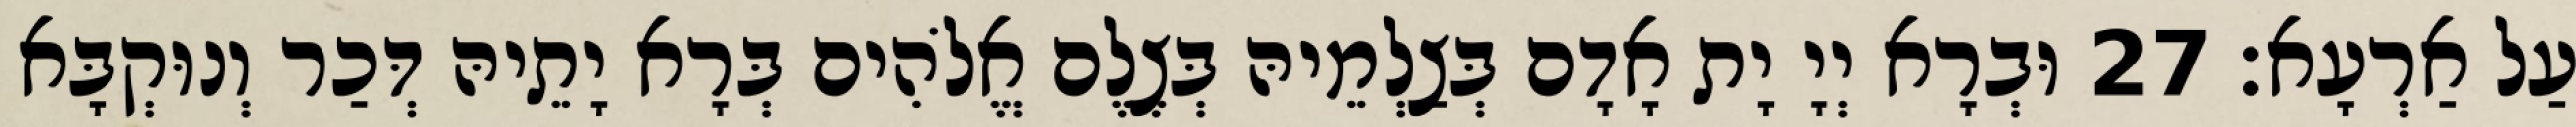
עַל אַרְעָא׃ 27 וּבְרָא יְיָ יָת אָדָם בְּצַלְמֵיהּ בְּצֶלֶם אֱלֹהִים בְּרָא יָתֵיהּ דְּכַר וְנוּקְבָּא